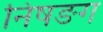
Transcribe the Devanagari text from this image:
निषङग